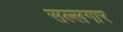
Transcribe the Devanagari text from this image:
सल्लगार